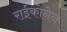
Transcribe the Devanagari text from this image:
राईकोनेन